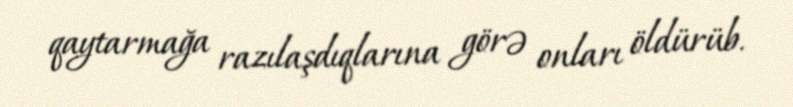
qaytarmağa razılaşdıqlarına görə onları öldürüb.